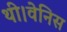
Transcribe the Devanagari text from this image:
थी।वेनिस